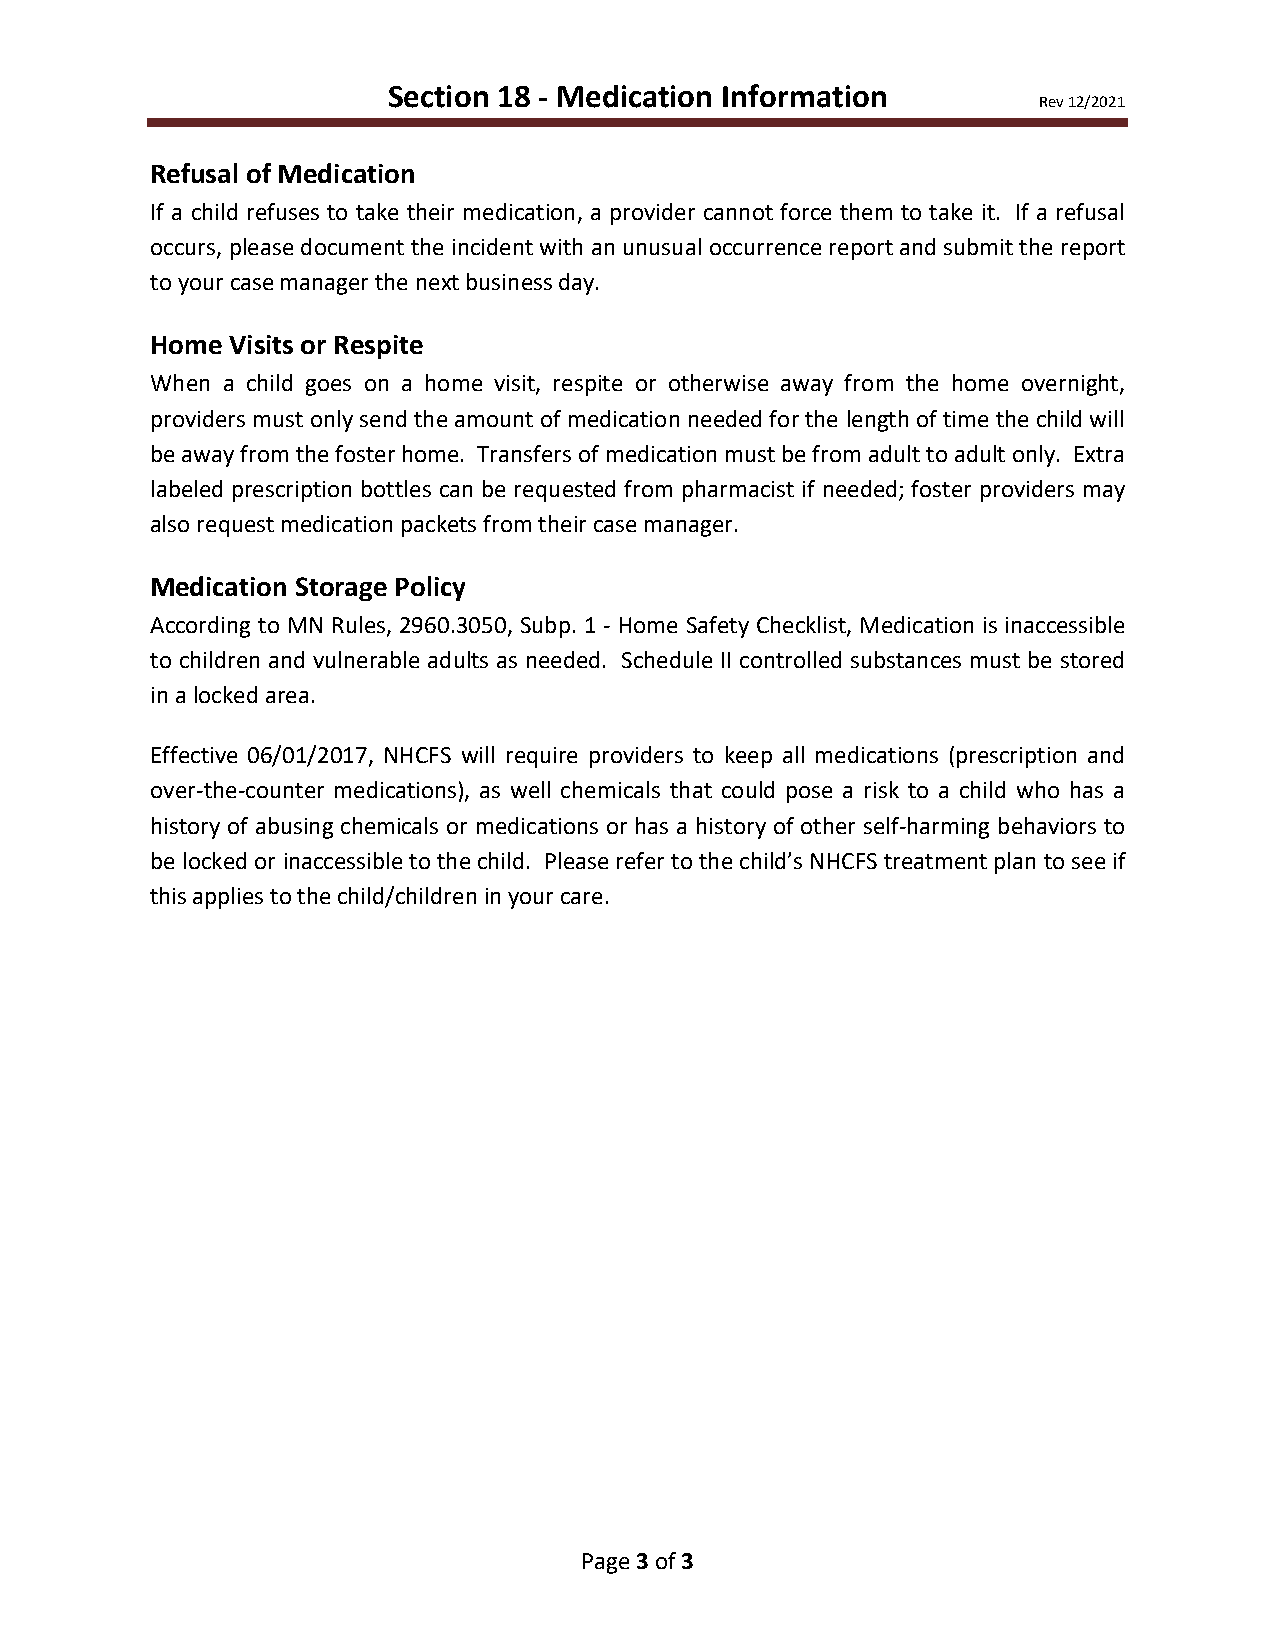
Section 18 - Medication Information
 Rev 12/2021
 Refusal of Medication
 If a child refuses to take their medication, a provider cannot force them to take it. If a refusal
 occurs, please document the incident with an unusual occurrence report and submit the report
 to your case manager the next business day.
 Home Visits or Respite
 When a child goes on a home visit, respite or otherwise away from the home overnight,
 providers must only send the amount of medication needed for the length of time the child will
 be away from the foster home. Transfers of medication must be from adult to adult only. Extra
 labeled prescription bottles can be requested from pharmacist if needed; foster providers may
 also request medication packets from their case manager.
 Medication Storage Policy
 According to MN Rules, 2960.3050, Subp. 1 - Home Safety Checklist, Medication is inaccessible
 to children and vulnerable adults as needed. Schedule II controlled substances must be stored
 in a locked area.
 Effective 06/01/2017, NHCFS will require providers to keep all medications (prescription and
 over-the-counter medications), as well chemicals that could pose a risk to a child who has a
 history of abusing chemicals or medications or has a history of other self-harming behaviors to
 be locked or inaccessible to the child. Please refer to the child’s NHCFS treatment plan to see if
 this applies to the child/children in your care.
 Page 3 of 3